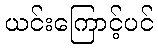
ယင်းကြောင့်ပင်